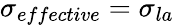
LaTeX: \sigma_{effective}=\sigma_{la}